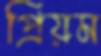
প্রিয়ম